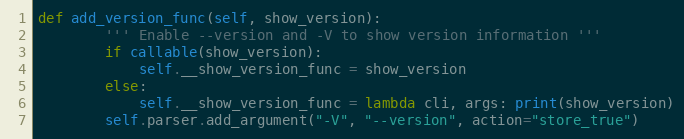
Language: Python
def add_version_func(self, show_version):
        ''' Enable --version and -V to show version information '''
        if callable(show_version):
            self.__show_version_func = show_version
        else:
            self.__show_version_func = lambda cli, args: print(show_version)
        self.parser.add_argument("-V", "--version", action="store_true")